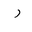
Letter: _ra